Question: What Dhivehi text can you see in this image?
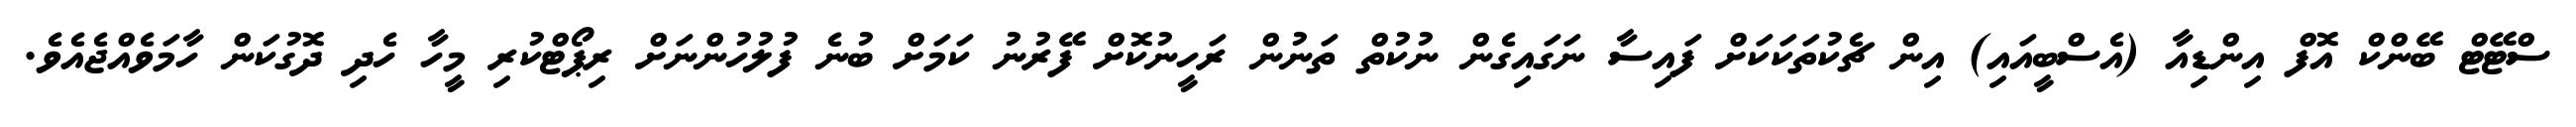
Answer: ސްޓޭޓް ބޭންކް އޮފް އިންޑިއާ (އެސްބީއައި) އިން ޗެކުތަކަކަށް ފައިސާ ނަގައިގެން ނުކުތް ތަނުން ރަހީނުކޮށް ފޭރުނު ކަމަށް ބުނެ ފުލުހުންނަށް ރިޕޯޓްކުރި މީހާ ހެދި ދޮގުކަން ހާމަވެއްޖެއެވެ.